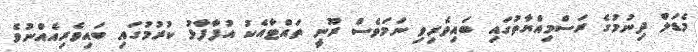
މެޑަލް ދިނުމުގެ ރަސްމިއްޔާތުގައި ބައިވެރިވި ނަމަވެސް ރޫނީ ތައްޓާއެކު އުފާފާޅު ކުރުމުގައި ބައިވެރިއެއްނުވެ